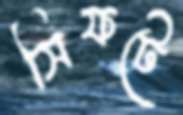
সিফটে